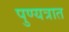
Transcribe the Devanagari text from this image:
पुण्यत्रात